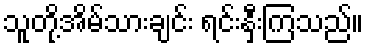
သူတို့အိမ်သားချင်း ရင်းနှီးကြသည်။